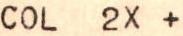
COL 2X +